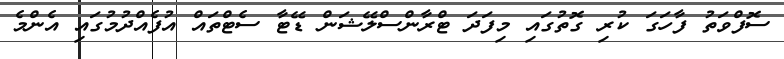
ސޮފްވަތު ފާހަގަ ކުރި ގޮތުގައި މިފަދަ ޓްރާންސްލޭޝަން ޑޭޓާ ސެޓްތައް އުފެއްދުމުގައި އެންމެ